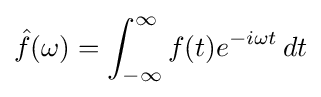
{\hat {f}}(\omega )=\int _{-\infty }^{\infty }f(t)e^{-i\omega t}\,dt